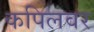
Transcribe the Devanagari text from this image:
कपिलवर